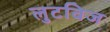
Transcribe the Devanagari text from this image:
लुटविज